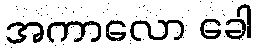
အကာလော ခေါ